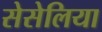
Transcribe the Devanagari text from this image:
सेसेलिया